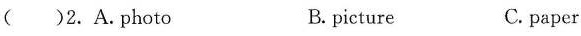
( )2.A.Photo B. picture C. paper